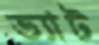
ভ্যাট